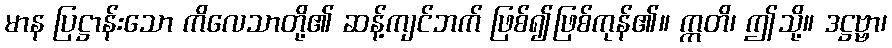
မာန ပြဋ္ဌာန်းသော ကိလေသာတို့၏ ဆန့်ကျင်ဘက် ဖြစ်၍ဖြစ်ကုန်၏။ ဣတိ၊ ဤသို့။ ဒဋ္ဌဗ္ဗာ၊